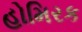
હોમિરક